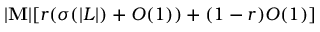
| \mathbf { M } | [ r ( \sigma ( | L | ) + O ( 1 ) ) + ( 1 - r ) O ( 1 ) ]